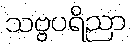
သဗ္ဗပရိညာ